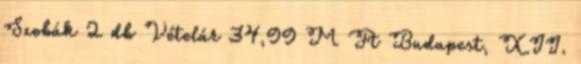
Szobák 2 db Vételár 34,99 M Ft Budapest, XII.